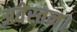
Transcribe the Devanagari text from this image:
अवेस्तन।